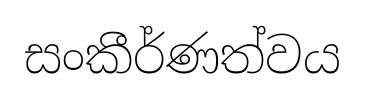
සංකීර්ණත්වය